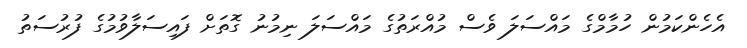
އެހެންކަމުން ހުމާމްގެ މައްސަލަ ވެސް މުއްރަތުގެ މައްސަލަ ނިމުނު ގޮތަށް ފައިސަލާވުމުގެ ފުރުސަތު